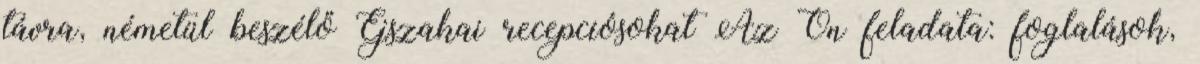
távra, németül beszélő Éjszakai recepciósokat Az Ön feladata: foglalások,